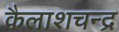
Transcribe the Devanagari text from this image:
कैलाशचन्द्र